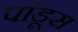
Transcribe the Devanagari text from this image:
पांडूस